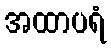
အထာပရံ